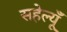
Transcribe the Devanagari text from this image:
सहेल्यूँ